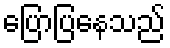
ပြောပြနေသည်